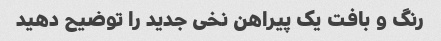
رنگ و بافت یک پیراهن نخی جدید را توضیح دهید